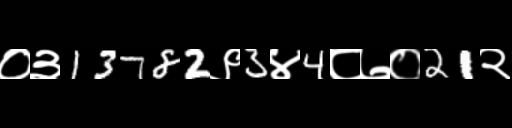
Text: ०३13782९3४4८७०21२